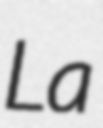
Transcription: La